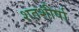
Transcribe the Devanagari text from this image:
शतशीर्षा